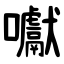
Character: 囐